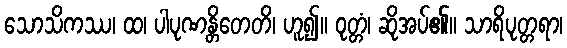
သောသိကဿ၊ ထ၊ ပါပုဏန္တိတေတိ၊ ဟူ၍။ ဝုတ္တံ၊ ဆိုအပ်၏။ သာရိပုတ္တရာ၊